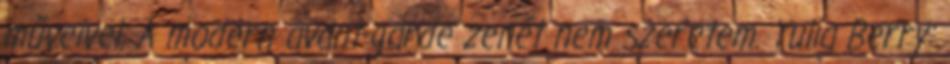
műveivel. A modern avant-garde zenét nem szeretem. Yulia Berry: